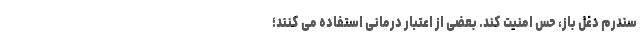
سندرم دغل باز، حس امنیت کند. بعضی از اعتبار درمانی استفاده می کنند؛